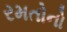
રમતોનો